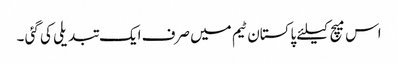
اس میچ کیلئے پاکستان ٹیم میں صرف ایک تبدیلی کی گئی ۔